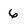
Character: 6